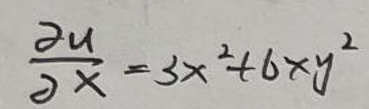
\[
\frac{\partial u}{\partial x}=3x^{2}+6xy^{2}
\]